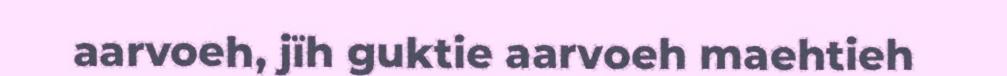
aarvoeh, jïh guktie aarvoeh maehtieh